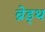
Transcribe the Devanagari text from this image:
ब्रेड्थ